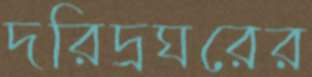
দরিদ্রঘরের